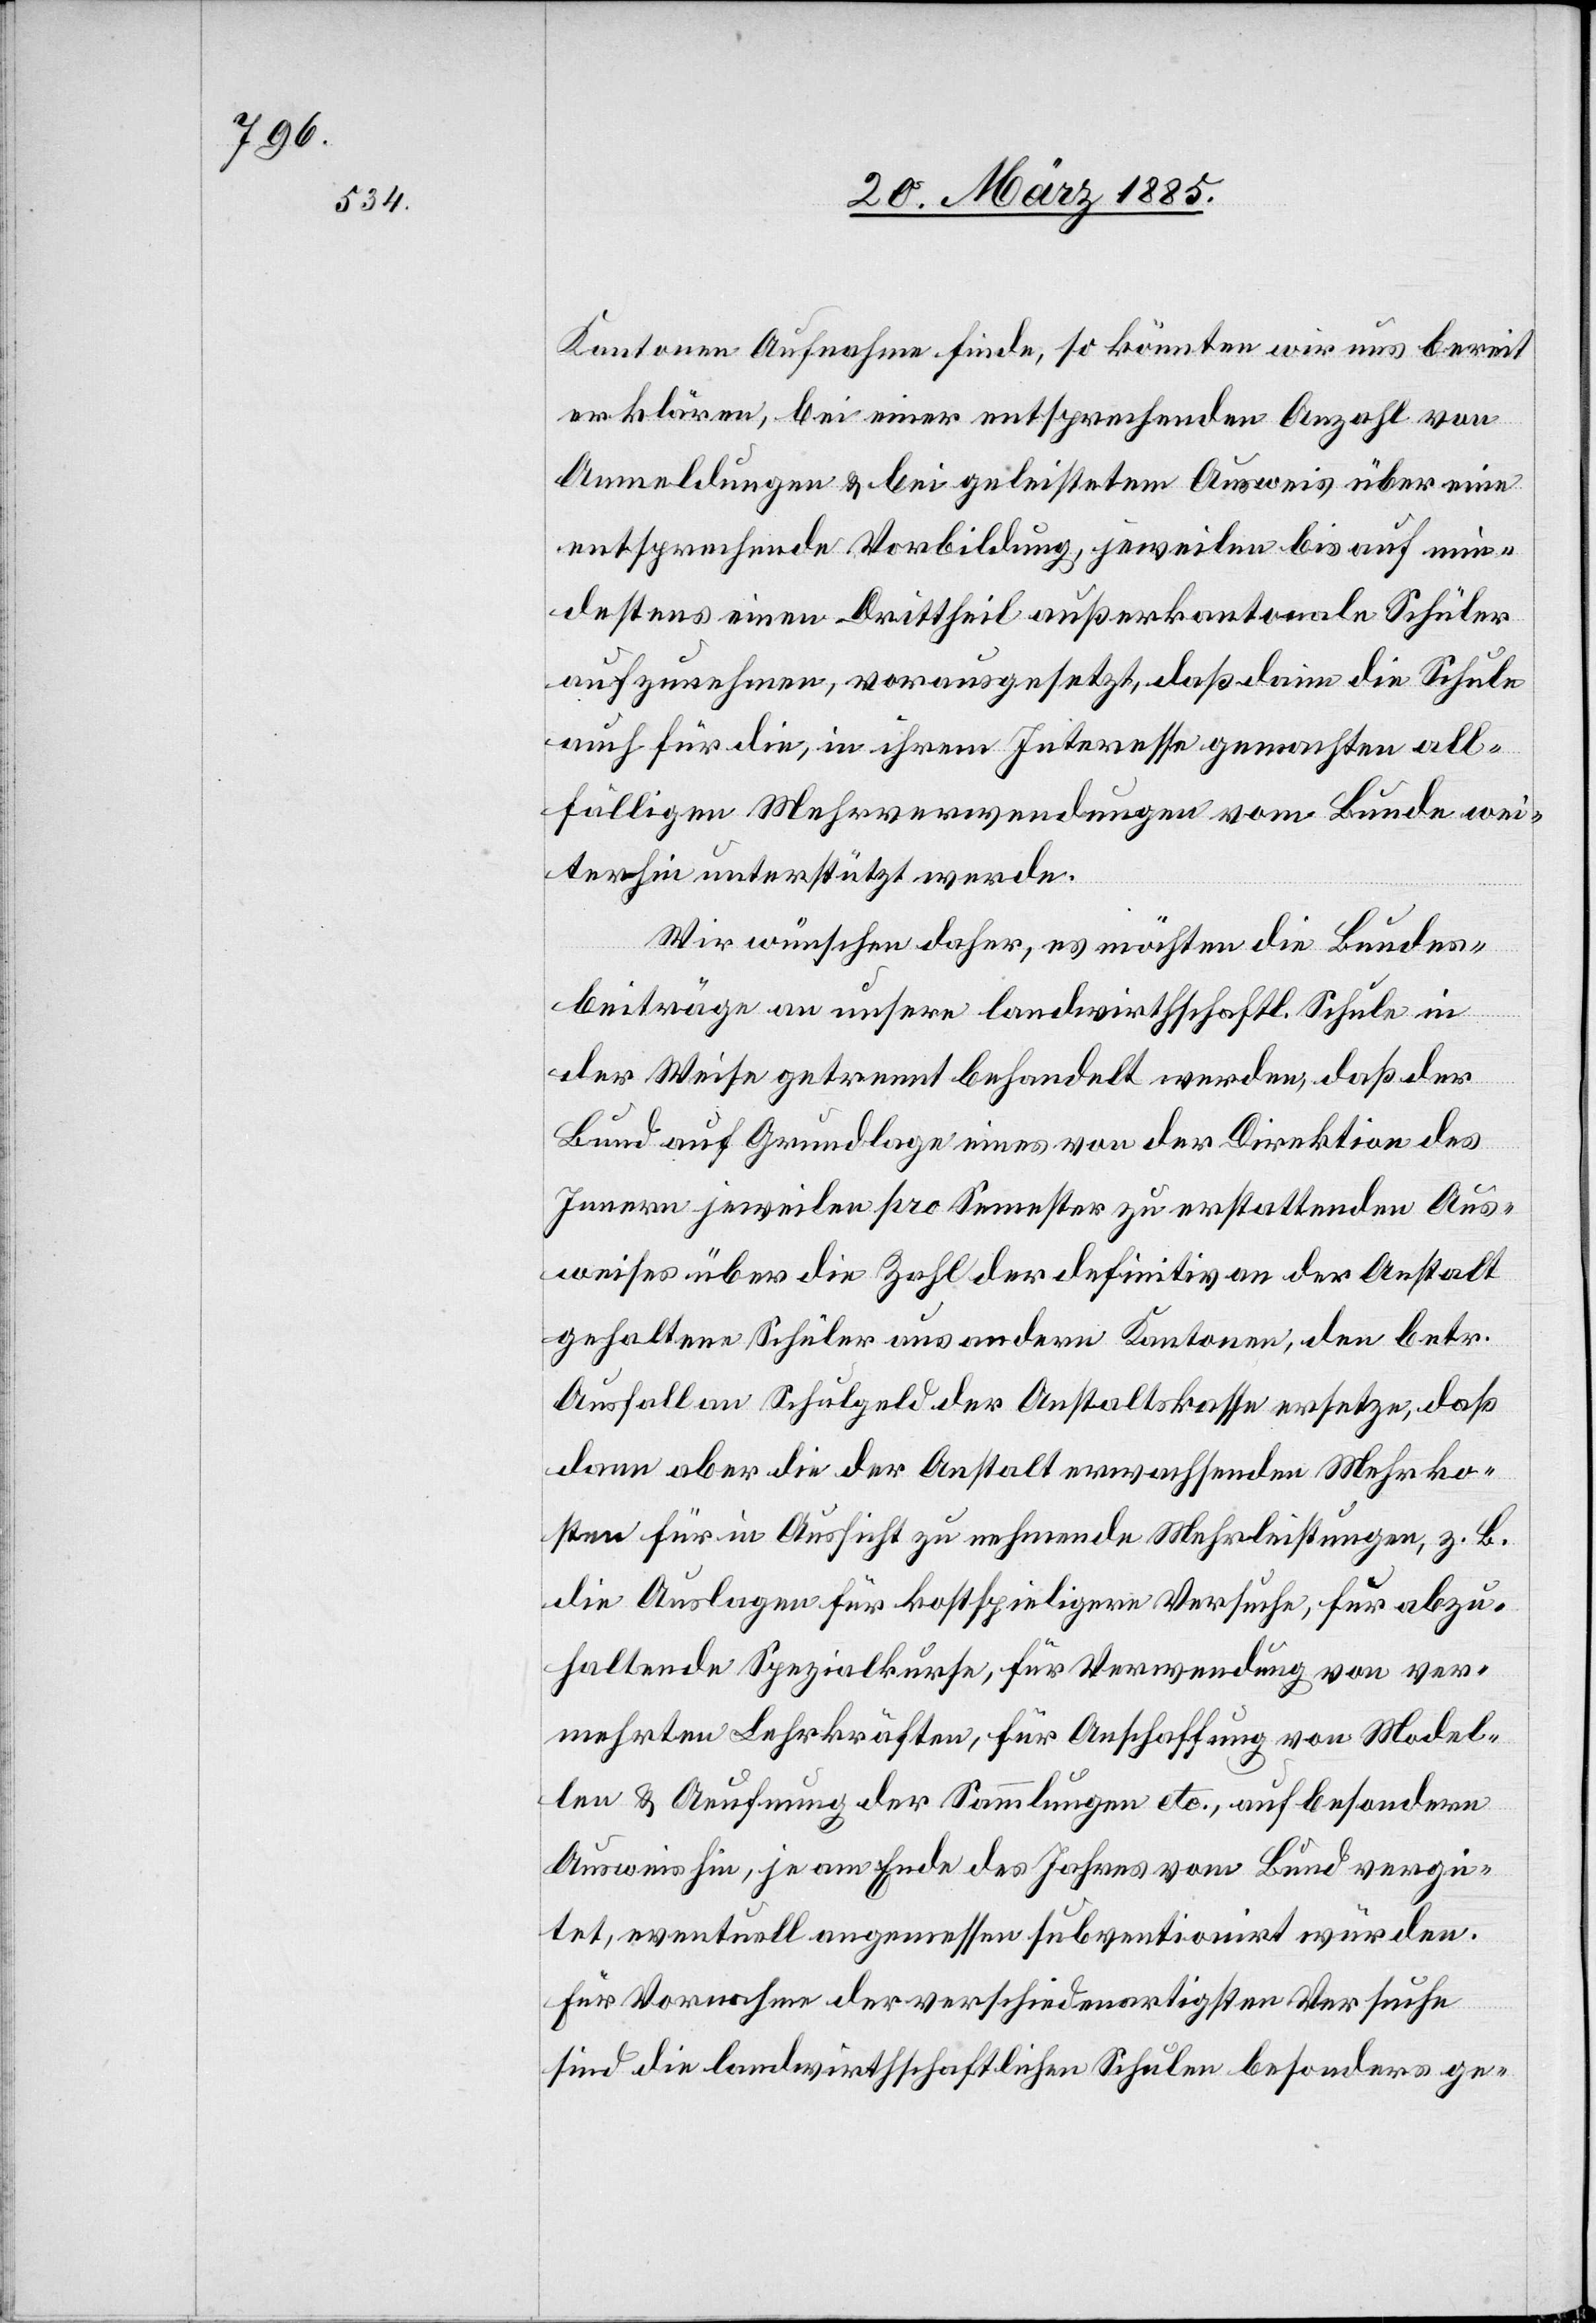
Kantonen Aufnahme finde, so könnten wir uns bereit
erklären, bei einer entsprechenden Anzahl von
Anmeldungen & bei geleistetem Ausweis über eine
entsprechende Vorbildung, jeweilen bis auf min¬
destens einen Drittheil außerkantonale Schüler
aufzunehmen, vorausgesetzt, daß dann die Schule
auch für die, in ihrem Interesse gemachten all¬
fälligen Mehrverwendungen vom Bunde wei¬
terhin unterstützt werde.
Wir wünschen daher, es möchten die Bundes¬
beiträge an unsere landwirthschaftl. Schule in
der Weise getrennt gehandelt werden, daß der
Bund auf Grundlage eines von der Direktion des
Innern jeweilen pro Semester zu erstattenden Aus¬
weises über die Zahl der definitiv an der Anstalt
gehaltenen Schüler aus andern Kantonen, den betr.
Ausfall an Schulgeld der Anstaltskasse ersetzt, daß
dann aber die der Anstalt erwachsenden Mehrko¬
sten für in Aussicht zu nehmende Mehrleistungen, z. B.
die Auslagen für kostspieligere Versuche, für abzu¬
haltende Spezialkurse, für Verwendung von ver¬
mehrten Lehrkräften, für Anschaffung von Model¬
len & Aeufnung der Sammlung etc., auf besondern
Ausweis hin, je am Ende des Jahres vom Bund vergü¬
tet, eventuell angemessen subventionirt würden.
Für Vornahme der verschiedenartigsten Versuche
sind die landwirthschaftlichen Schulen besonders ge-